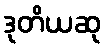
ဒုတိယဆု